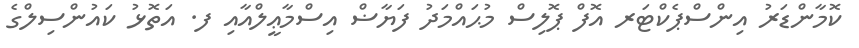
ކޮމާންޑަރު އިންސްޕެކްޓަރ އޮފް ޕޮލިސް މުޙައްމަދު ފަޔާޟް އިސްމާޢީލްއާއި ފ. އަތޮޅު ކައުންސިލްގެ